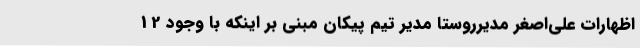
اظهارات علی‌اصغر مدیرروستا مدیر تیم پیکان مبنی بر اینکه با وجود 12